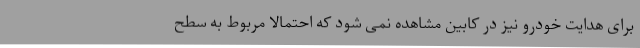
برای هدایت خودرو نیز در کابین مشاهده نمی شود که احتمالا مربوط به سطح